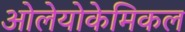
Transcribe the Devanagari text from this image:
ओलेयोकेमिकल